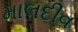
માલદીવ